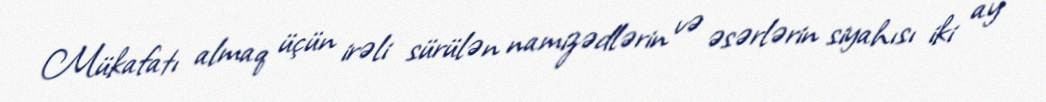
Mükafatı almaq üçün irəli sürülən namizədlərin və əsərlərin siyahısı iki ay